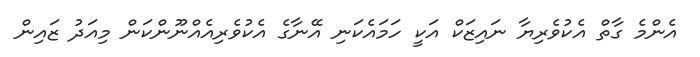
އެންމެ ގާތް އެކުވެރިޔާ ނައިޒަކް އަކީ ހަމައެކަނި އޭނާގެ އެކުވެރިއެއްނޫންކަން މިއަދު ޒައިން